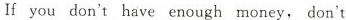
If you don't have enough money, don't